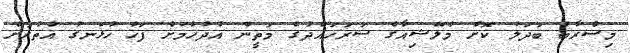
މިސްރާބު ބަދަލު ކޮށް މެލޭޝިއާގެ ސަރަހައްދުގެ މަތީން އުދުހުމަށް ފަހު ހުޅަނގު އުތުރަށް